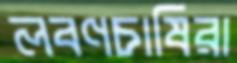
লবণচাষিরা